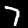
Digit: 7